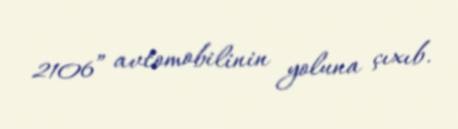
2106” avtomobilinin yoluna çıxıb.